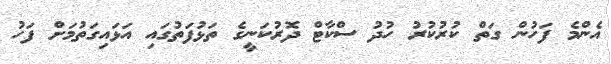
އެންމެ ފަހުން ގަތް ކުރުކުރު ހުދު ސްކާޓް ދޮރުކަނީގެ ތަޅުފަތުގައި އަޅައިގަތުމަށް ފަހު